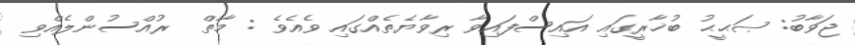
ޖަވާބު: ޞަޙީޙު ބުޚާރީގައި އައިސްފައިވާ ރިވާޔެތެއްގައި ވެއެވެ : މާތް  ރުއްސުންލެއްވި